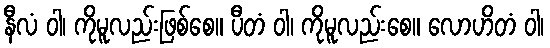
နီလံ ဝါ၊ ကိုမူလည်းဖြစ်စေ။ ပီတံ ဝါ၊ ကိုမူလည်းစေ။ လောဟိတံ ဝါ၊